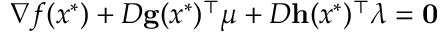
\nabla f ( x ^ { * } ) + D \mathbf { g } ( x ^ { * } ) ^ { \top } { \boldsymbol { \mu } } + D \mathbf { h } ( x ^ { * } ) ^ { \top } { \boldsymbol { \lambda } } = \mathbf { 0 }